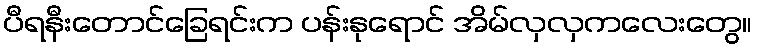
ပီရနီးတောင်ခြေရင်းက ပန်းနုရောင် အိမ်လှလှကလေးတွေ။